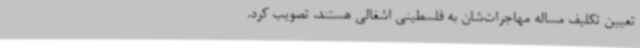
تعیین تکلیف مساله مهاجرات‌شان به فلسطینی اشغالی هستند، تصویب کرد.